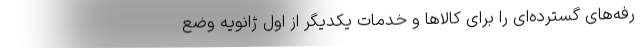
رفه‌های گسترده‌ای را برای کالاها و خدمات یکدیگر از اول ژانویه وضع